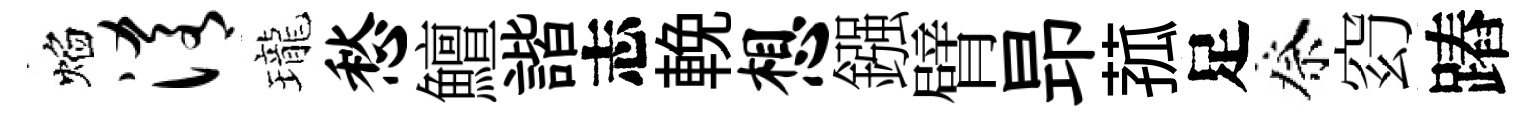
焰淆瓏愁鱣諧志輓想鏹臂昻菰足祭𥥆蹖